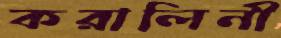
করালিনী